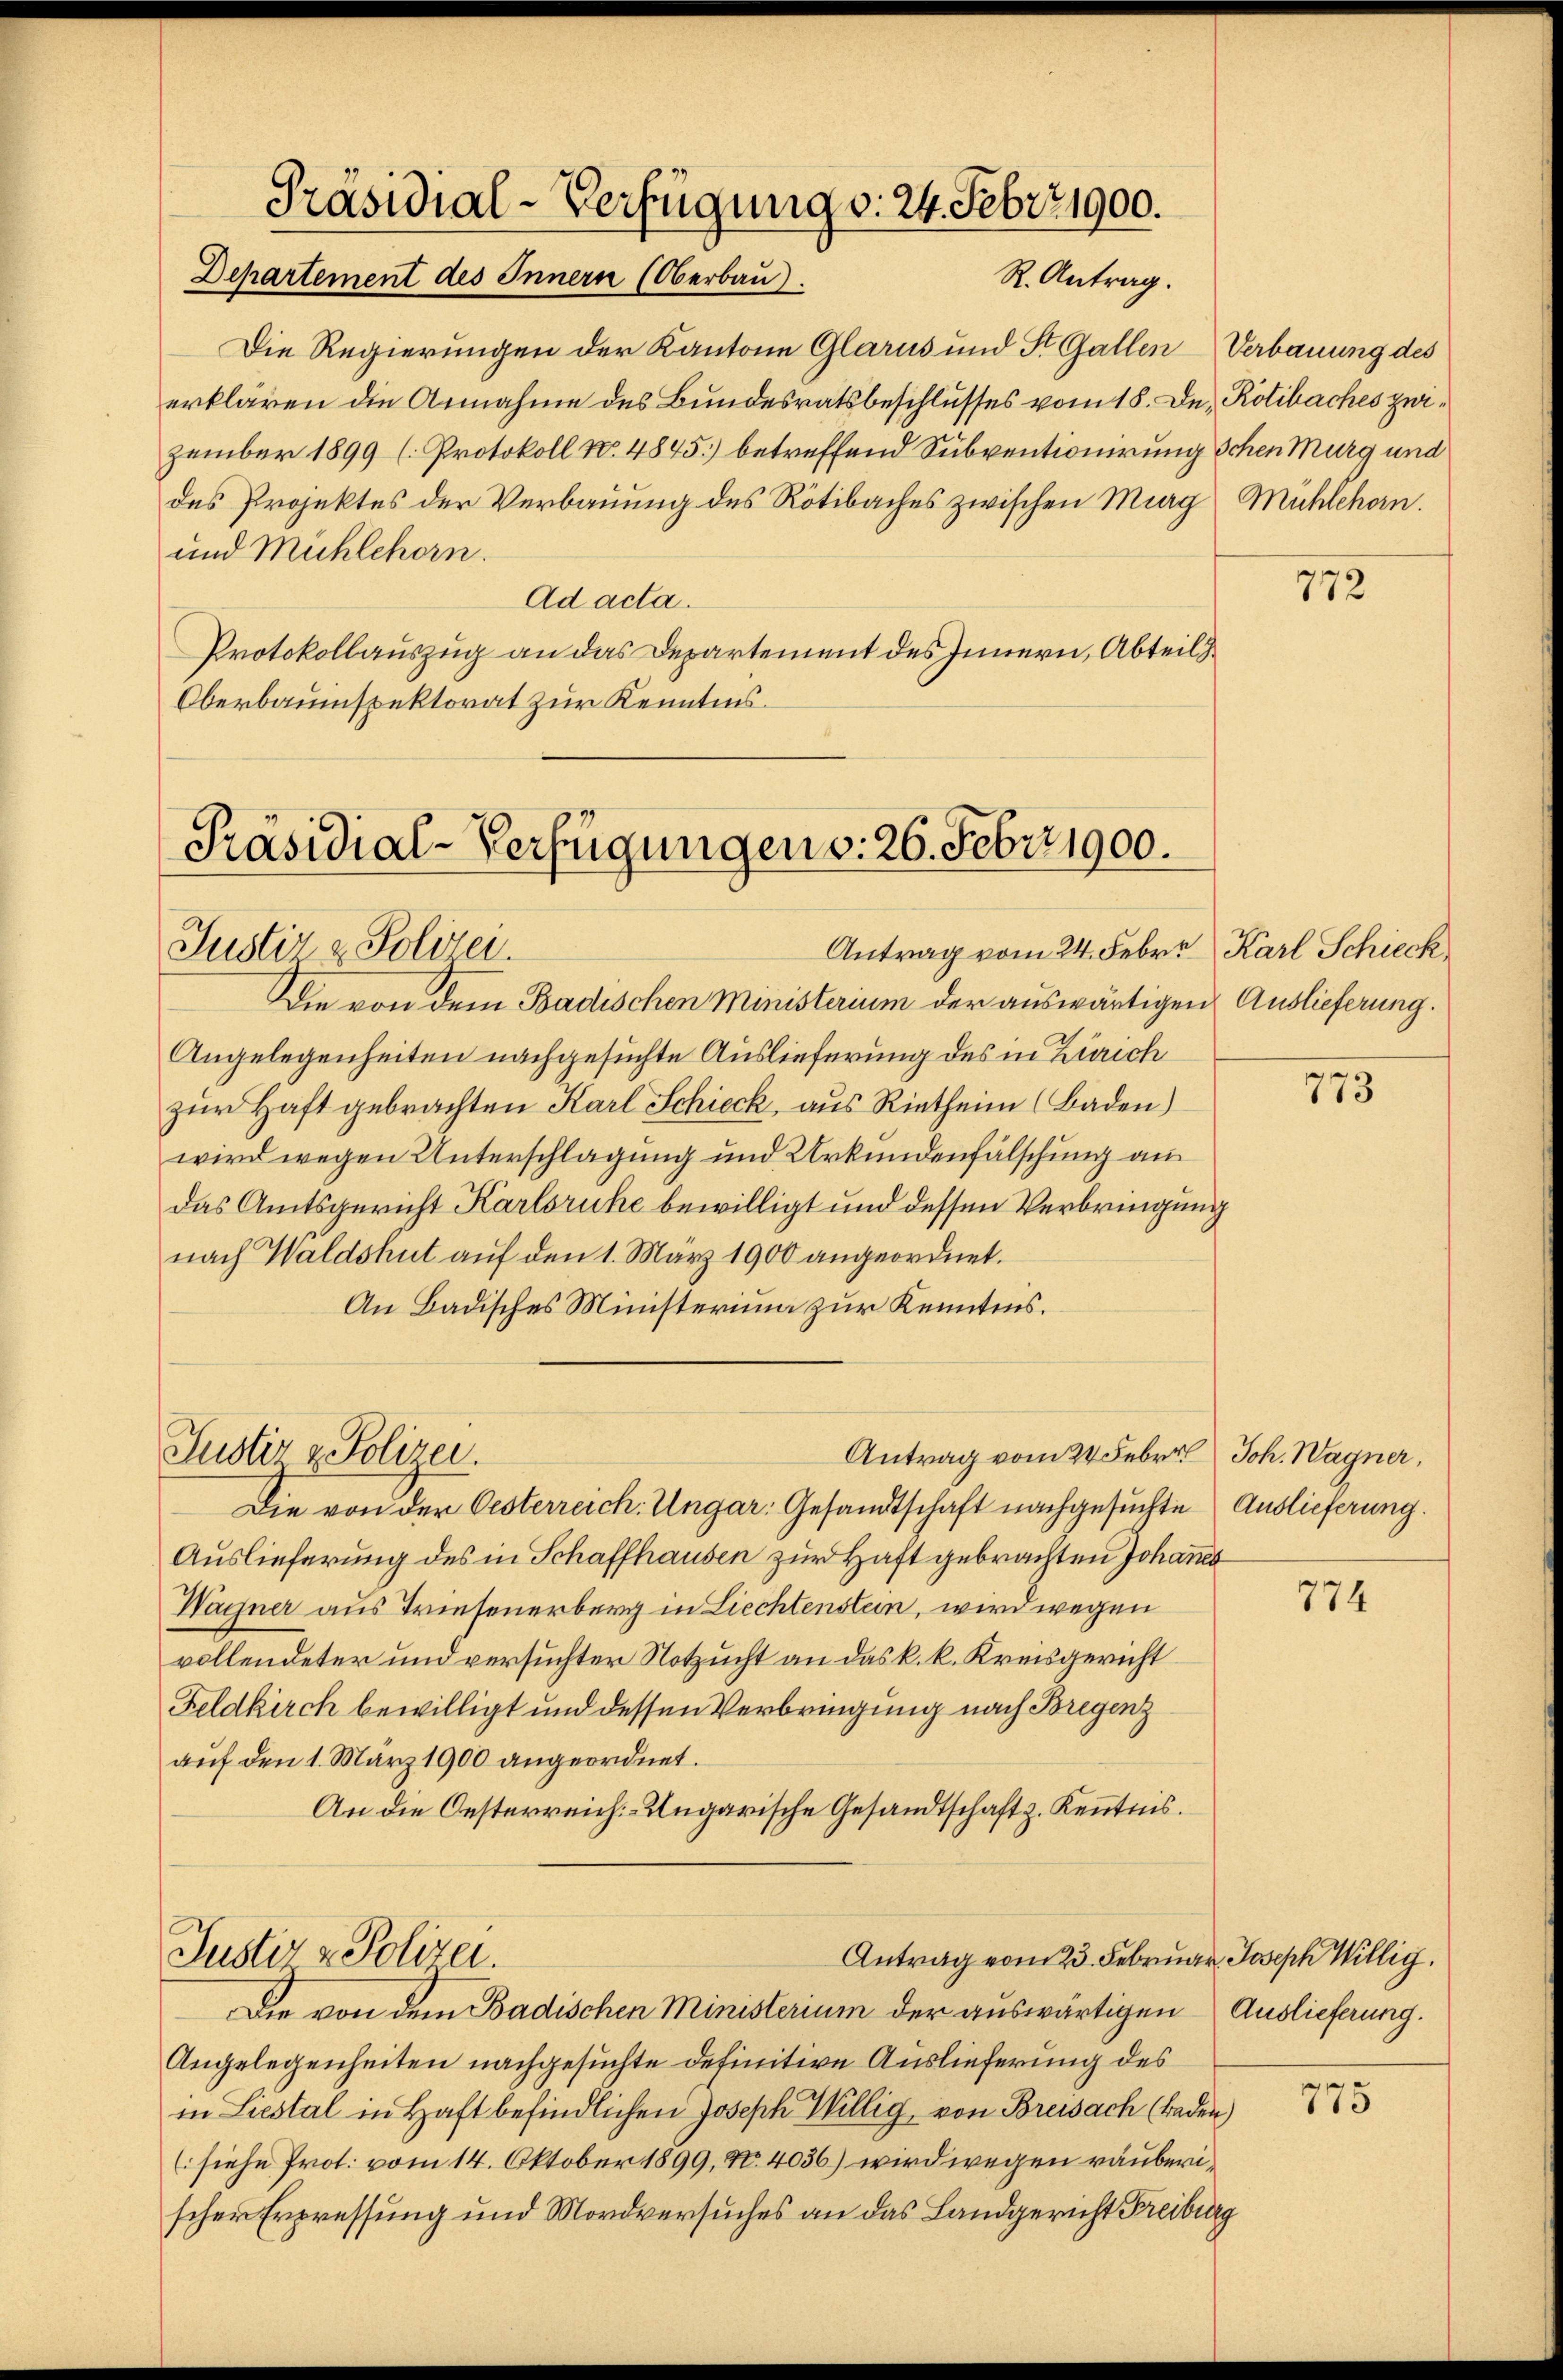
Präsidial-Verfügung d. 24. Febr. 1900.
Departement des Innern (Oberbau).
R. Antrag.

Die Regierungen der Kantone Glarus und St. Gallen Verbauung des
erklären die Annahme des Bundesratsbeschlusses vom 18. De Rolibaches zwizember 1899 (Protokoll No 4845) betreffend Subventionirung schen Murg und
des Projektes der Verbauung des Rötibaches zwischen Murg Mühlehorn.
und Mühlehorn.
Ad acta.
Protokollauszug an das Departement des Innern, Abteils
Oberbauinspektorat zur Kenntnis.

Präsidial-Verfügungen v. 26. Febr. 1900.
Antrag vom 24. Febr. Karl Schieck
Justiz & Polizei.

Die von dem Badischen Ministerium der auswärtigen Auslieferung.
Angelegenheiten nachgesuchte Auslieferung des in Zürich
zur Haft gebrachten Karl Schieck, aus Rietheim (Baden)
wird wegen Unterschlagung und Urkundenfälschung an
das Amtsgericht Karlsruhe bewilligt und dessen Verbringung
nach Waldshut auf den 1. März 1900 angeordnet.
An Badisches Ministerium zur Kenntnis.
Justiz & Polizei.
Antrag vom 24. Febr. Joh. Wagner,
Die von der Oesterreich. Ungar: Gesandtschaft nachgesuchte Auslieferung.
Auslieferung des in Schaffhausen zur Haft gebrachten Johann
Wagner aus Triesenerberg in Liechtenstein, wird wegen
vollendeter und versuchter Notzucht an das k. k. Kreisgericht
Feldkirch bewilligt und dessen Verbringung nach Bregenz
auf den 1. März 1900 angeordnet.
An die Oesterreich-Ungarische Gesandtschaft z. Kenntnis.

Die von dem Badischen Ministerium der auswärtigen Auslieferung.
Angelegenheiten nachgesuchte definitive Auslieferung des
in Liestal in Haft befindlichen Joseph Willig, von Breisach (laden)
(siehe Prot. vom 14. Oktober 1899, No. 4036) wird wegen räuberischer Erpressung und Mordversuches an das Landgericht Freiburg

Justiz & Polizei.
Antrag vom 23. Februar Joseph Willig.

772

773

774

775